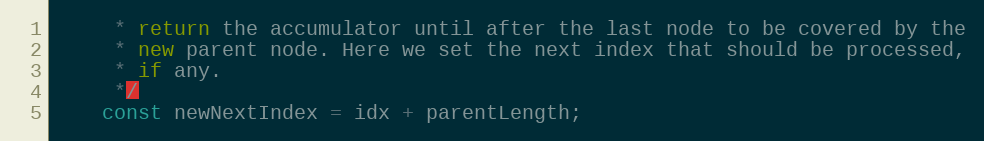
Language: JavaScript
     * return the accumulator until after the last node to be covered by the
     * new parent node. Here we set the next index that should be processed,
     * if any.
     */
    const newNextIndex = idx + parentLength;